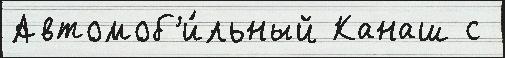
Автомоб'и́льный Канаш с